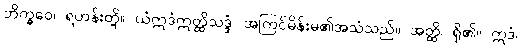
ဘိက္ခဝေ၊ ရဟန်းတို့။ ယံဣဒံဣတ္ထိသဒ္ဒံ၊ အကြင်မိန်းမ၏အသံသည်။ အတ္ထိ၊ ရှိ၏။ ဣဒံ၊